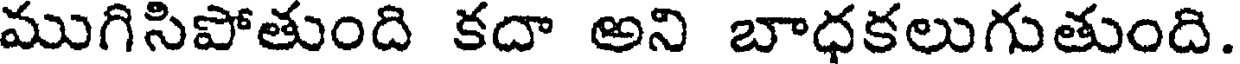
ముగిసిపోతుంది కదా అని బాధకలుగుతుంది.